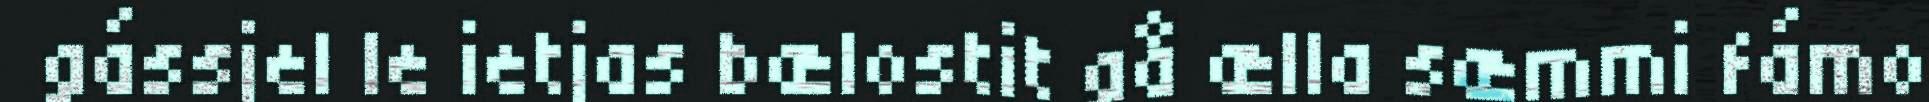
gássjel le ietjas bælostit gå ælla sæmmi fámo